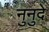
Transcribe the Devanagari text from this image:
नुनुदे